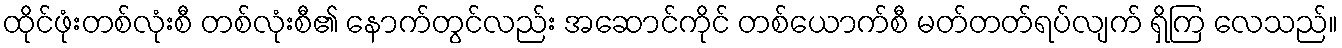
ထိုင်ဖုံးတစ်လုံးစီ တစ်လုံးစီ၏ နောက်တွင်လည်း အဆောင်ကိုင် တစ်ယောက်စီ မတ်တတ်ရပ်လျက် ရှိကြ လေသည်။